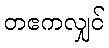
တဧကလျှင်